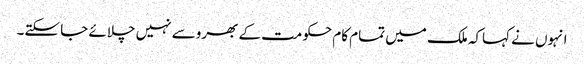
انہوں نے کہاکہ ملک میں تمام کام حکومت کے بھروسے نہیں چلائے جا سکتے۔